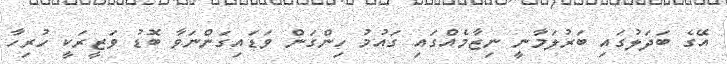
އޭގެ ބަދަލުގައި ބަރުލަމާނީ ނިޒާމެއްގައި ގައުމު ހިންގަން ވަޑައިގަންނަވާ ބޮޑު ވަޒީރަކީ ހުރިހާ